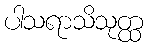
ပါသရာသိသုတ္ထ